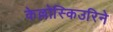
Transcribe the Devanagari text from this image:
केल्लोस्किउरिने